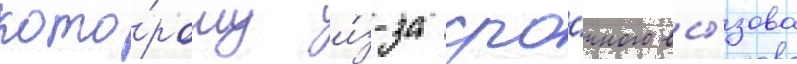
кото́рому и́з-за сро́чного вы́зова